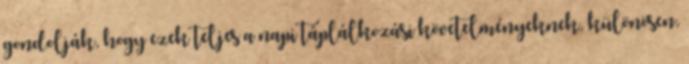
gondolják, hogy ezek teljes a napi táplálkozási követelményeknek, különösen,